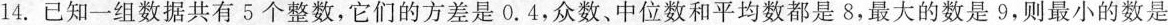
14.已知一组数据共有5个整数，它们的方差是0.4，众数、中位数和平均数都是8，最大的数是9，则最小的数是